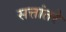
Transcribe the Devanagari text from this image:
सत्तांतरे